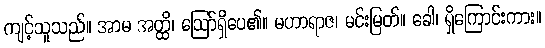
ကျင့်သူသည်။ အာမ အတ္ထိ၊ ဩော်ရှိပေ၏။ မဟာရာဇ၊ မင်းမြတ်။ ခေါ၊ ရှိကြောင်းကား။